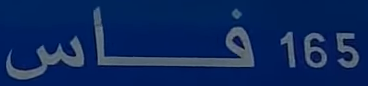
165 فاس